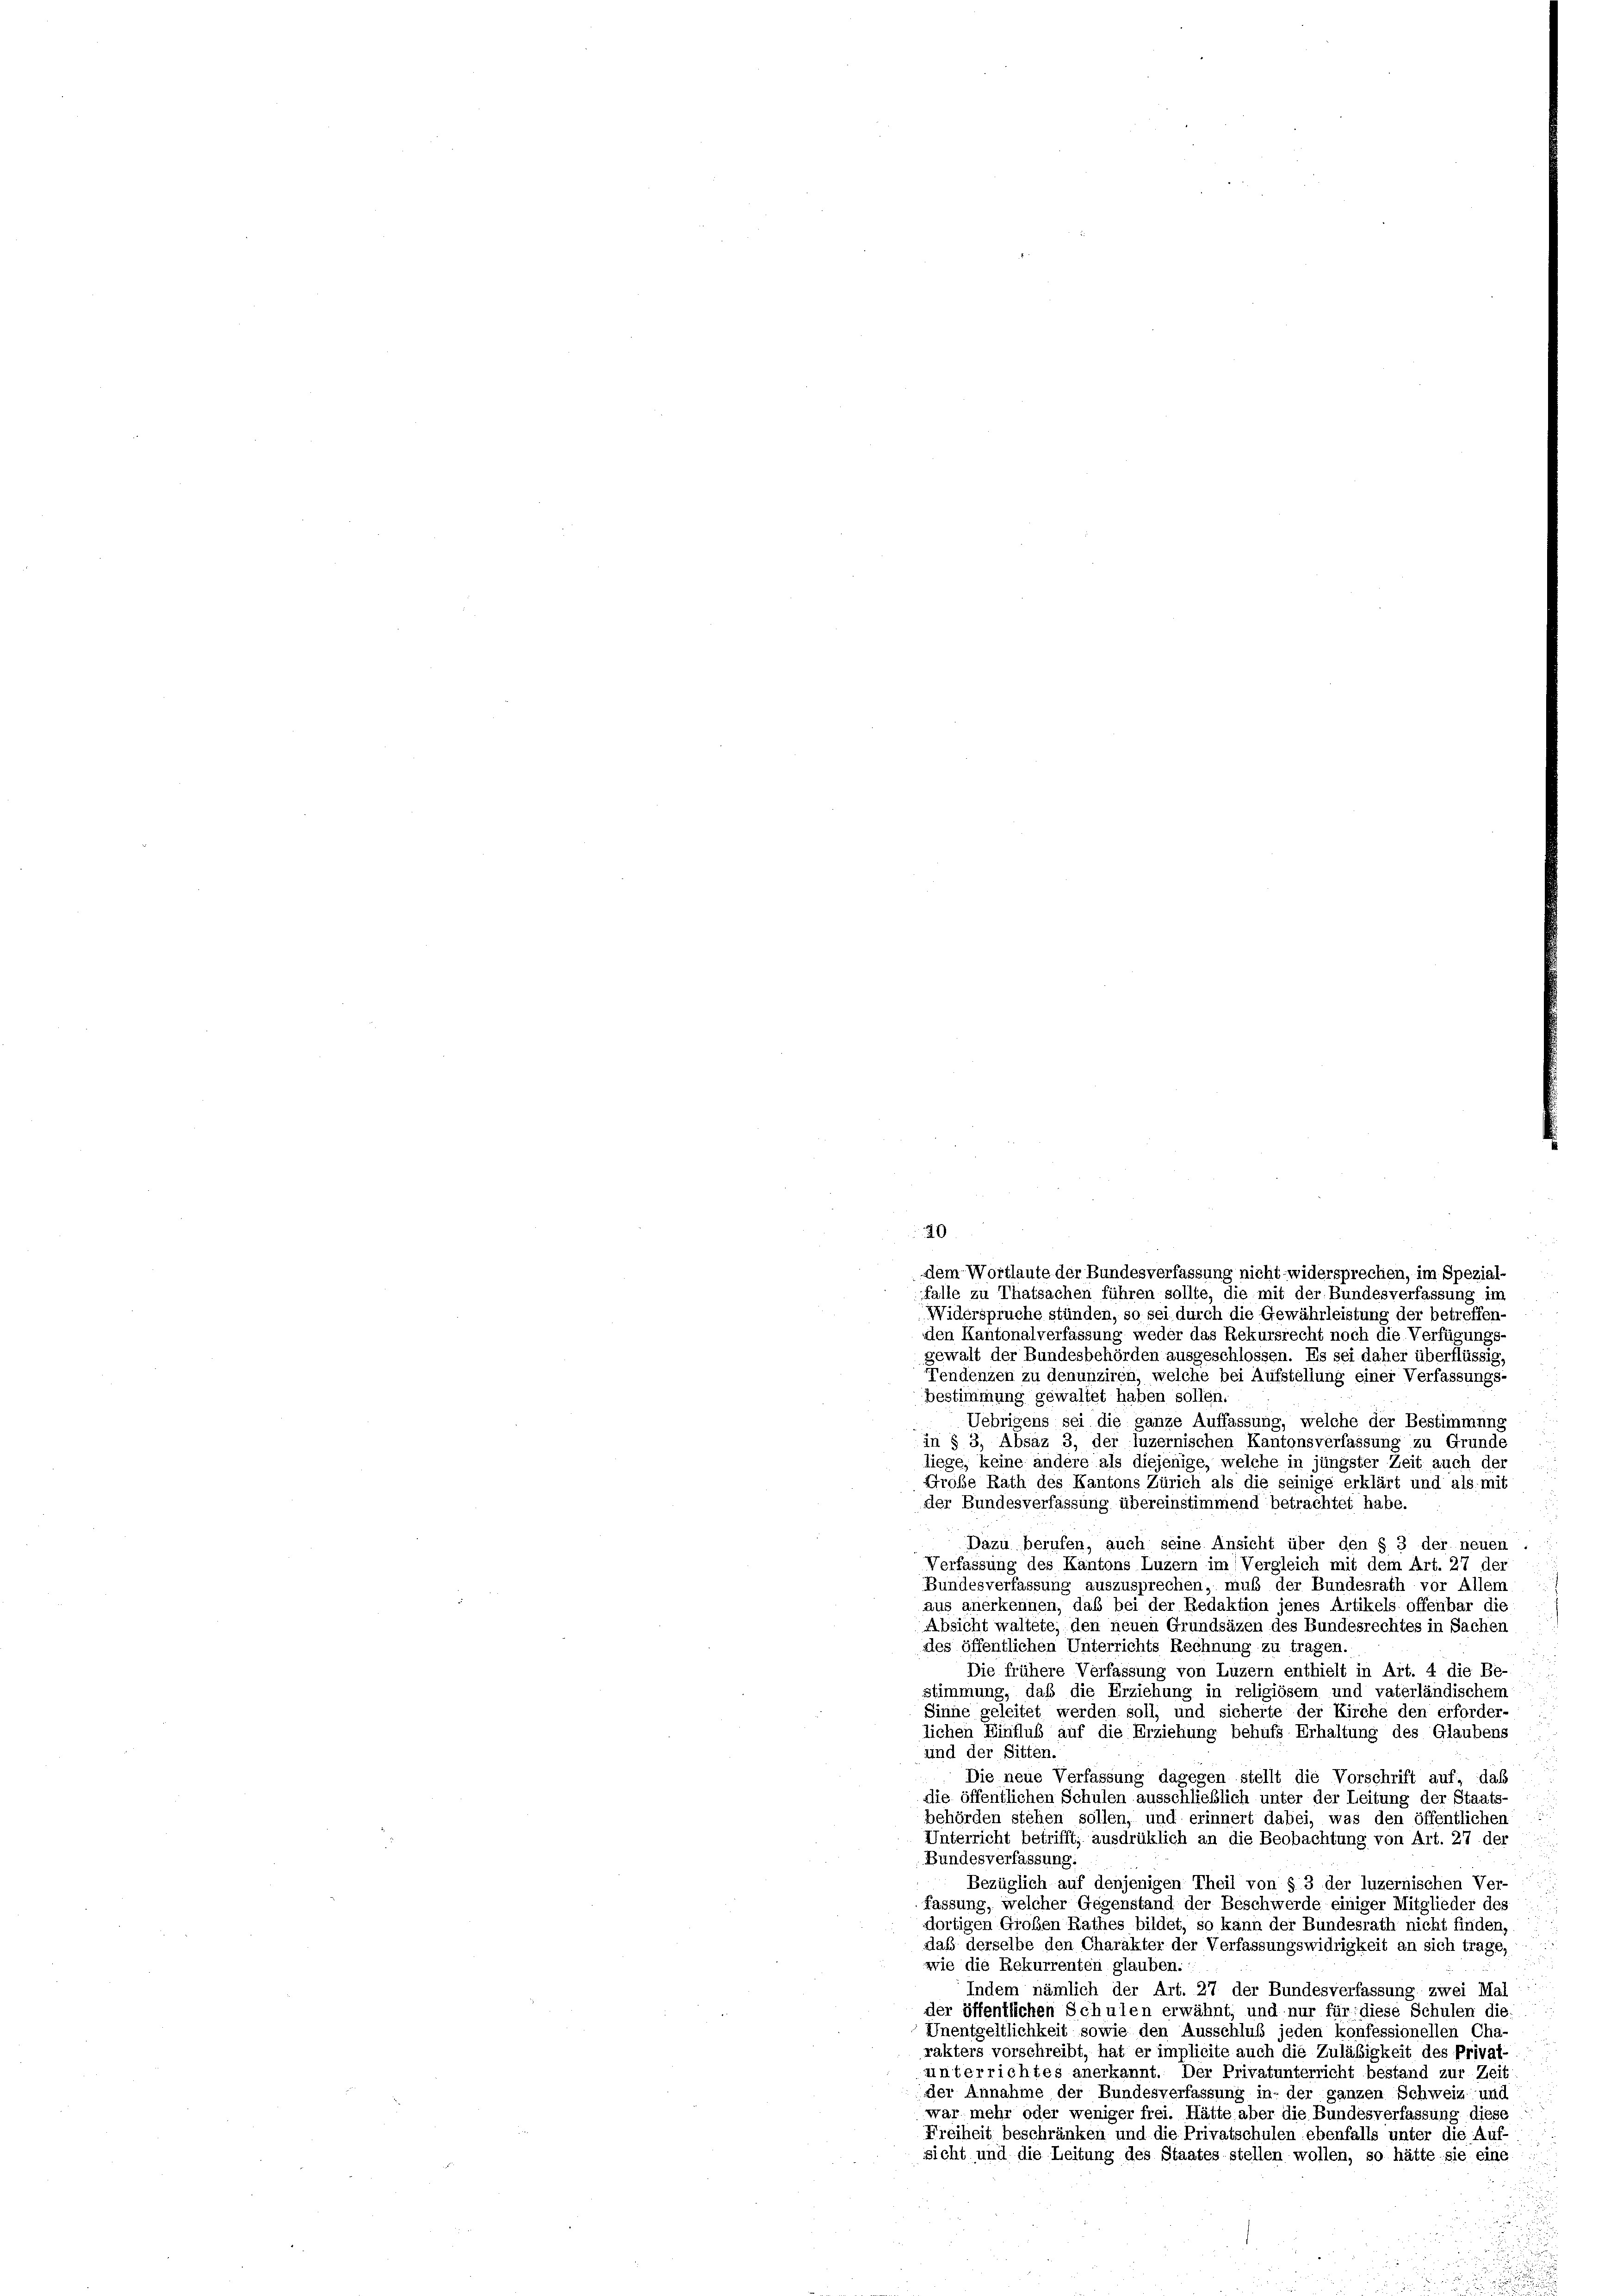
20

dem Wortlaute der Bundesverfassung nicht widersprechen, im Spezial-
falle zu Thatsachen führen sollte, die mit der Bundesverfassung im
Widerspruche stünden, so sei durch die Gewährleistung der betreffen
den Kantonalverfassung weder das Rekursrecht noch die Verfügungs-
gewalt der Bundesbehörden ausgeschlossen. Es sei daher überflüssig,
Tendenzen zu denunziren, welche bei Aufstellung einer Verfassungs-
bestimmung gewaltet haben sollen.
Uebrigens sei die ganze Auffassung, welche der Bestimmung
in § 3, Absäz 3, der luzernischen Kantonsverfassung zu Grunde
liege, keine andere als diejenige, welche in jüngster Zeit auch der
Große Rath des Kantons Zürich als die seinige erklärt und als mit
der Bundesverfassung übereinstimmend betrachtet habe.
Dazu berufen, auch seine Ansicht über den § 3 der neuen
Verfassung des Kantons Luzern im Vergleich mit dem Art. 27 der
Bundesverfassung auszusprechen, muß der Bundesrath vor Allem
aus anerkennen, daß bei der Redaktion jenes Artikels offenbar die
Absicht waltete, den neuen Grundsäzen des Bundesrechtes in Sachen
des öffentlichen Unterrichts Rechnung zu tragen.
Die frühere Verfassung von Luzern enthielt in Art. 4 die Be-
stimmung, daß die Erziehung in religiösem und vaterländischem
Sinne geleitet werden soll, und sicherte der Kirche den erforder-
lichen Einfluß auf die Erziehung behufs Erhaltung des Glaubens
und der Sitten.
Die neue Verfassung dagegen stellt die Vorschrift auf, daß
die öffentlichen Schulen ausschließlich unter der Leitung der Staats-
behörden stehen sollen, und erinnert dabei, was den öffentlichen
Unterricht betrifft, ausdrüklich an die Beobachtung von Art. 27 der
Bundesverfassung.
Bezüglich auf denjenigen Theil von § 3 der luzernischen Ver-
fassung, welcher Gegenstand der Beschwerde einiger Mitglieder des
dortigen Großen Rathes bildet, so kann der Bundesrath nicht finden,
daß derselbe den Charakter der Verfassungswidrigkeit an sich trage,
wie die Rekurrenten glauben.
Indem nämlich der Art. 27 der Bundesverfassung zwei Mal
der öffentlichen Schulen erwähnt, und nur für diese Schulen die
Unentgeltlichkeit sowie den Ausschluß jeden konfessionellen Cha
rakters vorschreibt, hat er implicite auch die Zuläßigkeit des Privat-
unterrichtes anerkannt. Der Privatunterricht bestand zur Zeit
der Annahme der Bundesverfassung in der ganzen Schweiz und
war mehr oder weniger frei. Hätte aber die Bundesverfassung diese
Freiheit beschränken und die Privatschulen ebenfalls unter die Auf-
sicht und die Leitung des Staates stellen wollen, so hätte sie eine